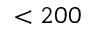
< 2 0 0